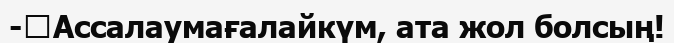
-	Ассалаумағалайкүм, ата жол болсың!